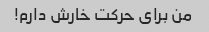
من برای حرکت خارش دارم!